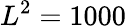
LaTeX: L^{2}=1000